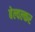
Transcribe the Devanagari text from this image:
बेल्वल्कर